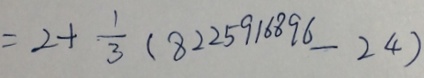
2 + \frac { 1 } { 3 } ( 8 2 2 5 9 1 6 8 9 6 - 2 4 )